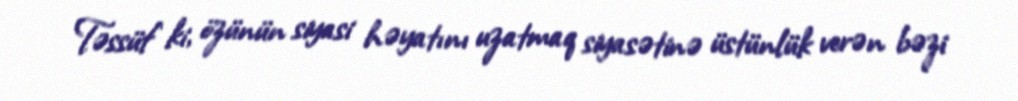
Təssüf ki, özünün siyasi həyatını uzatmaq siyasətinə üstünlük verən bəzi